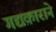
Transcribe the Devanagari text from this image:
गद्यकाराने